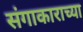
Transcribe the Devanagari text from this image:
संगाकाराच्या